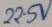
Text: 22.5V